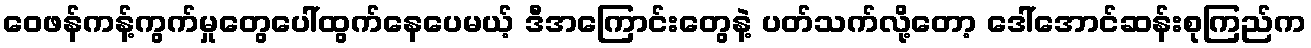
ဝေဖန်ကန့်ကွက်မှုတွေပေါ်ထွက်နေပေမယ့် ဒီအကြောင်းတွေနဲ့ ပတ်သက်လို့တော့ ဒေါ်အောင်ဆန်းစုကြည်က